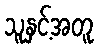
သူနှင့်အတူ